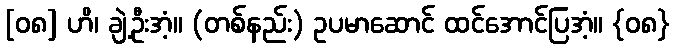
[၀၈] ဟိ၊ ချဲ့ဦးအံ့။ (တစ်နည်း) ဥပမာဆောင် ထင်အောင်ပြအံ့။ {၀၈}